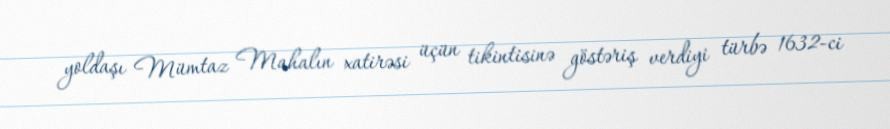
yoldaşı Mümtaz Mahalın xatirəsi üçün tikintisinə göstəriş verdiyi türbə 1632-ci